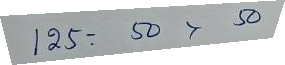
125 = 50 x 50